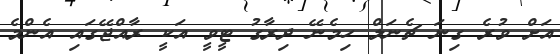
އަށް ވުރެ ގިނަ ޗެނަލް ހިމެނޭ ދިރާގު ޓީވީ އަކީ ރާއްޖޭގައި އެންމެ